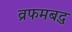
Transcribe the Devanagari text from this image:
व्रफमबद्ध